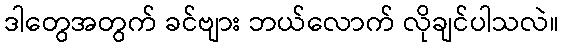
ဒါတွေအတွက် ခင်ဗျား ဘယ်လောက် လိုချင်ပါသလဲ။